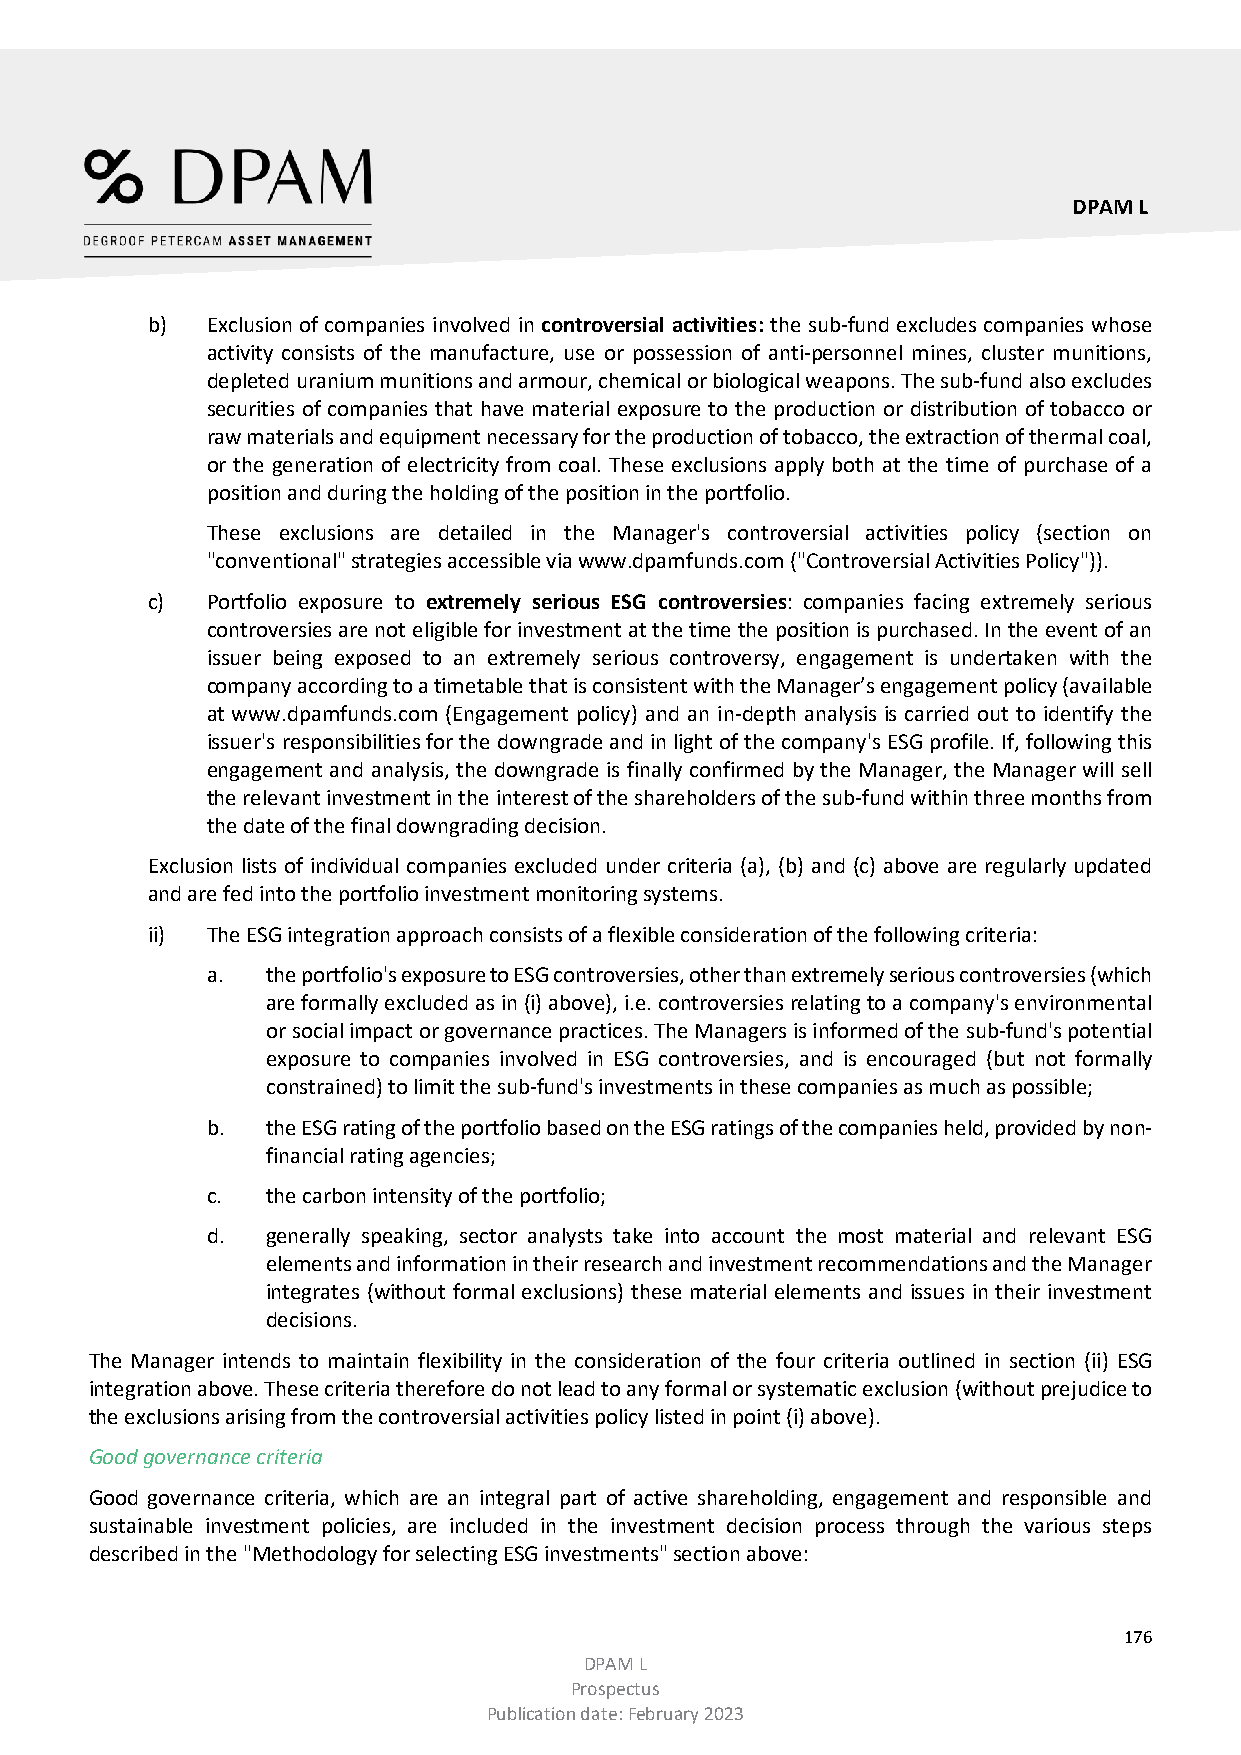
DPAM L
 b)  Exclusion of companies involved in controversial activities: the sub-fund excludes companies whose
 activity consists of the manufacture, use or possession of anti-personnel mines, cluster munitions,
 depleted uranium munitions and armour, chemical or biological weapons. The sub-fund also excludes
 securities of companies that have material exposure to the production or distribution of tobacco or
 raw materials and equipment necessary for the production of tobacco, the extraction of thermal coal,
 or the generation of electricity from coal. These exclusions apply both at the time of purchase of a
 position and during the holding of the position in the portfolio.
 These exclusions are detailed in the Manager's controversial activities policy (section on
 "conventional" strategies accessible via www.dpamfunds.com ("Controversial Activities Policy")).
 c)  Portfolio exposure to extremely serious ESG controversies: companies facing extremely serious
 controversies are not eligible for investment at the time the position is purchased. In the event of an
 issuer being exposed to an extremely serious controversy, engagement is undertaken with the
 company according to a timetable that is consistent with the Manager’s engagement policy (available
 at www.dpamfunds.com (Engagement policy) and an in-depth analysis is carried out to identify the
 issuer's responsibilities for the downgrade and in light of the company's ESG profile. If, following this
 engagement and analysis, the downgrade is finally confirmed by the Manager, the Manager will sell
 the relevant investment in the interest of the shareholders of the sub-fund within three months from
 the date of the final downgrading decision.
 Exclusion lists of individual companies excluded under criteria (a), (b) and (c) above are regularly updated
 and are fed into the portfolio investment monitoring systems.
 ii) The ESG integration approach consists of a flexible consideration of the following criteria:
 a.  the portfolio's exposure to ESG controversies, other than extremely serious controversies (which
 are formally excluded as in (i) above), i.e. controversies relating to a company's environmental
 or social impact or governance practices. The Managers is informed of the sub-fund's potential
 exposure to companies involved in ESG controversies, and is encouraged (but not formally
 constrained) to limit the sub-fund's investments in these companies as much as possible;
 b.  the ESG rating of the portfolio based on the ESG ratings of the companies held, provided by non-
 financial rating agencies;
 c.  the carbon intensity of the portfolio;
 d.  generally speaking, sector analysts take into account the most material and relevant ESG
 elements and information in their research and investment recommendations and the Manager
 integrates (without formal exclusions) these material elements and issues in their investment
 decisions.
 The Manager intends to maintain flexibility in the consideration of the four criteria outlined in section (ii) ESG
 integration above. These criteria therefore do not lead to any formal or systematic exclusion (without prejudice to
 the exclusions arising from the controversial activities policy listed in point (i) above).
 Good governance criteria
 Good governance criteria, which are an integral part of active shareholding, engagement and responsible and
 sustainable investment policies, are included in the investment decision process through the various steps
 described in the "Methodology for selecting ESG investments" section above:
 176
 DPAM L
 Prospectus
 Publication date: February 2023